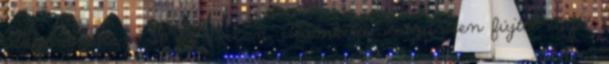
utoljára láttam őt az Oviban. Álomkelő sértődötten fújtat egyet,